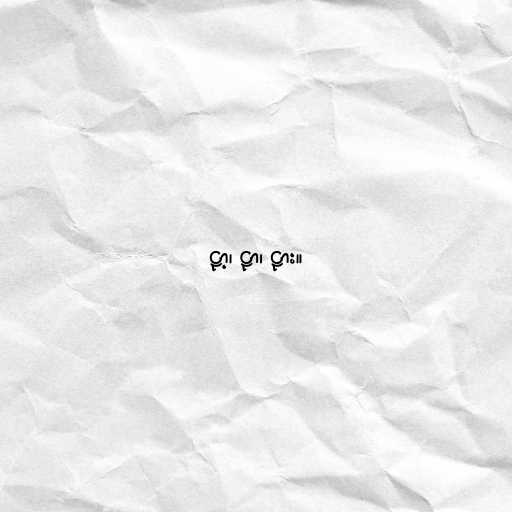
ဠာ့၊ ဠာ၊ ဠား။